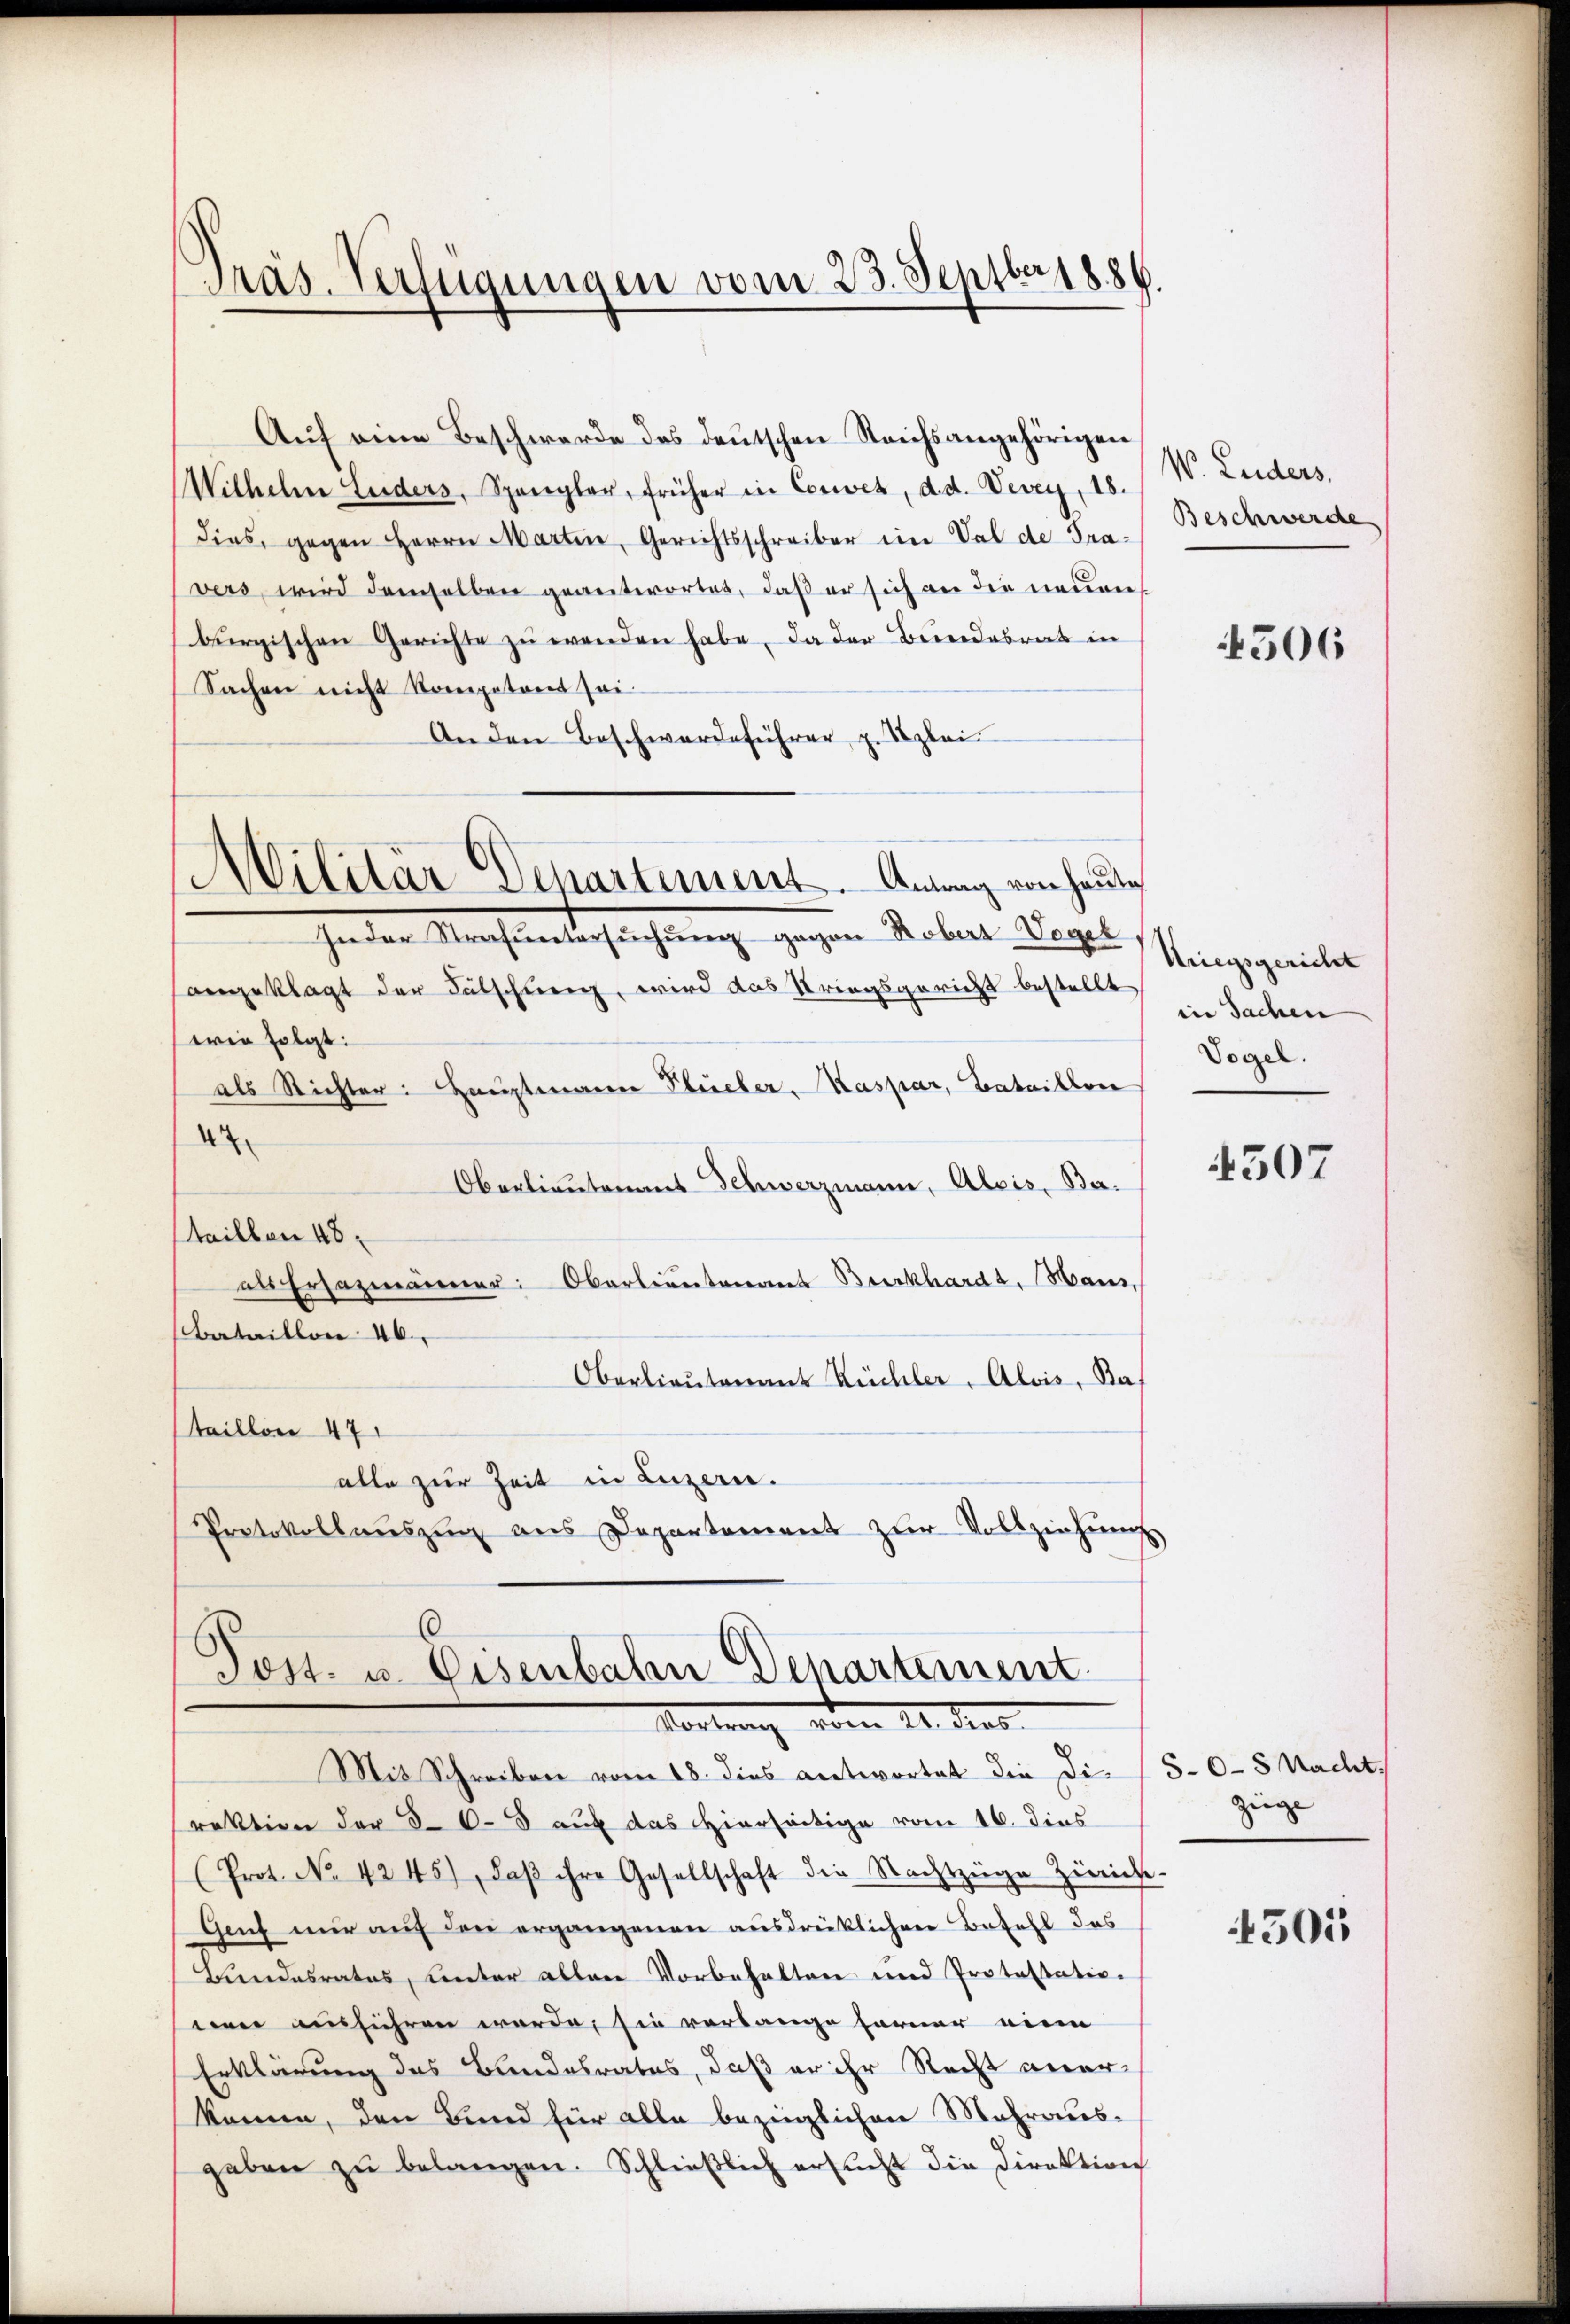
Pras. Verfügungen vom 23. Septbr 1886.

Militär Departement. Antrag von heute

Auf eine Beschwerde des deutschen Reichsangehörigen
Wilhelm Luders, Spangler, früher in Convet, d. d. Vevey, 18.
dies, gegen Herrn Martin, Gerichtsschreiber im Val de Gravers, wird demselben geantwortet, daß er sich an die neuen
burgischen Gerichte zu wenden habe, da der Bundesrat in
Sachen nicht kompetent sei
An den Beschwerdeführer z. Szlei
In der Strafuntersŭchŭng gegen Robert Vogel
angeklagt der Kutschung, wird das Kriegsgericht bestellt
wie folgt:
als Richter: Hauptmann Flüeler, Kaspar, Bataillon
4
Oberlieutenant Schwerzmann, Alois, Ba¬
Staillen 48
als Ersazmänner: Oberlieutenant Burkhardt, Haus,
Bataillon 46.
Oberlieutenant Küchler, Alois, Ba
taillon 47
alle zur Zeit in Luzern.
Protokollaŭszŭg ans Departement zŭr Vollziehŭng

.
Post. u. Eisenbahn Departement.
Vortrag vom 24. Das

Mit Schreiben vom 18. dies antwortet die Direktion der 568 auf das Hierseitige vom 16. dies
(Prot. No 4245), daβ ihre Gesellschaft die Nachtzige Zigich-
Genf nur auf den ergangenen ausdrücklichen Befehl das
Bundesrates, unter allen Vorbehalten und Protestatio-
een ausführen werde, sie vorlange ferner niem
Erklärung des Bundesrates, daß er ihr Recht aner-
komne, den Bund für alle bezinglichen Mehrausgaben zu belangen. Schließlich ersucht die Direktion

W. Luders.
Beschwerde

4506

Kriegsgericht
in Sachen
Vogel.

4507

5-6-8 Nacht.
zeige

4505